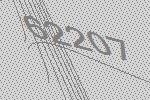
62207